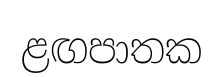
ළඟපාතක